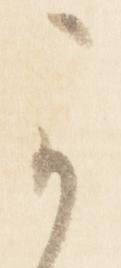
可